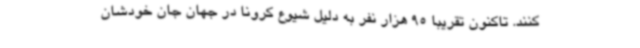
کنند. تاکنون تقریبا 95 هزار نفر به دلیل شیوع کرونا در جهان جان خودشان